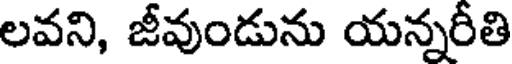
లవని, జీవుండును యన్నరీతి